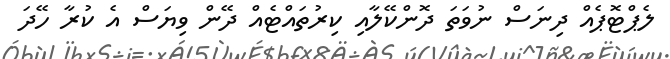
ލެޕްޓޮޕެއް ދިނަސް ނުވަތަ ދޮންކޭލާއި ކިރުތައްޓެއް ދޭން ވިޔަސް އެ ކުރާ ހޭދަ